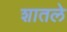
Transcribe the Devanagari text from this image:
शातले